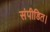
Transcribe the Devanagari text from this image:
संपीडित।